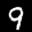
Label: 9